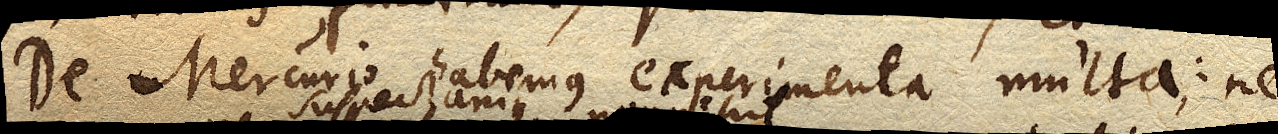
De Mercurio habemus experimenta multa: ne